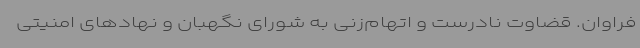
فراوان. قضاوت نادرست و اتهام‌زنی به شورای نگهبان و نهادهای امنیتی